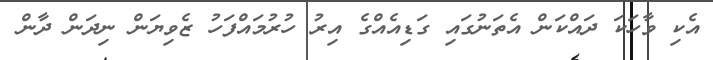
އެކި ވާހަކަ ދައްކަން އެތަނުގައި ގަޑިއެއްގެ އިރު ހުރުމައްފަހު ޒެވިޔަން ނިދަން ދާން